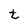
Character: t